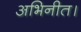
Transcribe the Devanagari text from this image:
अभिनीत।